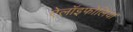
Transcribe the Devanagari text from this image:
ऐलॉइफोलिया